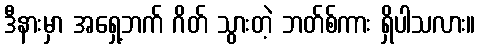
ဒီနားမှာ အရှေ့ဘက် ဂိတ် သွားတဲ့ ဘတ်စ်ကား ရှိပါသလား။